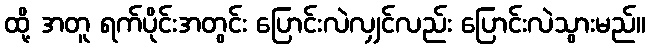
ထို့ အတူ ရက်ပိုင်းအတွင်း ပြောင်းလဲလျှင်လည်း ပြောင်းလဲသွားမည်။